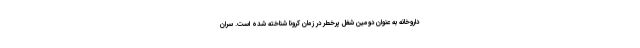
داروخانه به عنوان دومین شغل پرخطر در زمان کرونا شناخته شده ‌است. سران